system: You are a helpful assistant.
user:
Analyze the provided spectrum to determine if it is a **M-type Giant (gM)**.

A M-type Giant spectrum is defined by its **strong molecular absorption** features, particularly from **Titanium Oxide (TiO)**. You must check for one of the following mutually exclusive signatures:

- **Key Visual Indicators (Absorption-Dominated Spectrum):**

    - **(Primary):** The spectrum is dominated by strong molecular absorption from **Titanium Oxide (TiO)**. This is the **defining feature** of its M-type temperature class.
        - **(Key Bandheads):** Look for sharp, "saw-tooth" absorption valleys. The strongest are located near **~7050 Å**, **~6160 Å**, and **~5170 Å**.
        - **(Line Profile):** The "saw-tooth" morphology is critical: a **sharp, steep drop on the BLUE (short-wavelength) side** of the bandhead, followed by a gradual recovery (rising flux) towards the RED (long-wavelength) side.

    - **(Key Confirmation - Giant vs. Dwarf):** **ABSENCE** of strong **Calcium Hydride (CaH)** molecular bands. This is the primary diagnostic for *excluding* M-dwarfs.
        - **(Key Region):** The spectrum should lack the strong, broad absorption band seen in dwarfs between **~6800 Å and ~7000 Å**.

    - **(Secondary Confirmation - Giant):** A very strong and broad **Neutral Calcium (Ca I)** atomic absorption line.
        - **(Key Line):** Located at **~4226 Å**. In a giant (gM), this line is significantly deeper and broader than the same line in an M-dwarf (dM) due to low surface gravity.

    - **(Overall Spectrum):**
        - The continuum is **extremely red-sloping** (i.e., flux is very low in the blue and rises dramatically towards the red).
        - The entire spectrum appears "chopped up" by the deep TiO bands.

Think first, call **spectral_visualization_tool** if needed to examine features in detail, then provide your final answer. Your response must adhere to the following strict rules:
1.  **Overall Structure:** Your response must follow the format `<think>...</think> <tool_call>...</tool_call> (if a tool is used) <answer>...</answer>`.
2.  **Tool Usage Constraint:** You may only make **one** tool call per turn.
3.  **Final Answer Format:** In the `<answer>` tag, your conclusion must be inside a `\boxed{}` command (e.g., `\boxed{YES}` or `\boxed{NO}`), followed by your justification.

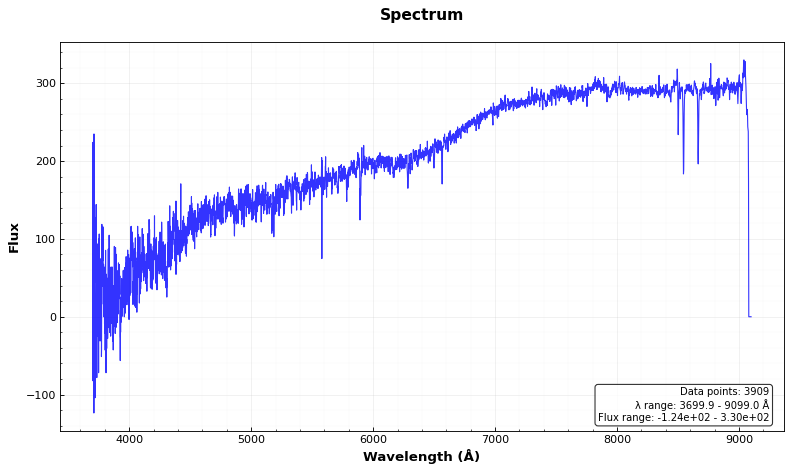
Answer: NO